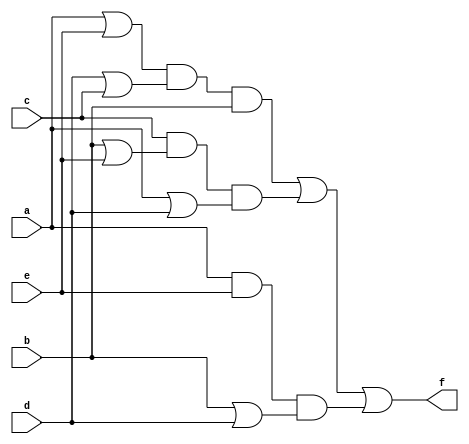
`timescale 1ns / 1ps
//////////////////////////////////////////////////////////////////////////////////
// Company: 
// Engineer: 
// 
// Design Name: 
// Module Name:    five_voter 
// Project Name: 
// Target Devices: 
// Tool versions: 
// Description: 
//
// Dependencies: 
//
// Revision: 
// Revision 0.01 - File Created
// Additional Comments: 
//
//////////////////////////////////////////////////////////////////////////////////
module five_voter(a, b, c, d, e, f
    );
	 input a, b, c, d, e;
	 output f;
	 assign f = (a|e)&(d|c)&b | c&(b|e)&(a|d) | a&e&(b|d);
	 
endmodule